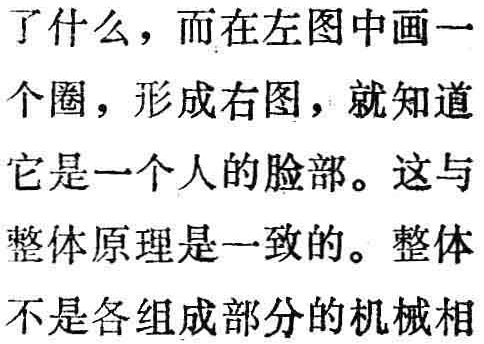
了什么，而在左图中画一

个圈，形成右图，就知道

它是一个人的脸部。这与

整体原理是一致的。整体

不是各组成部分的机械相